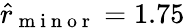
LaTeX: \hat{r}_{\mathrm{~m~i~n~o~r~}}=1.75